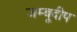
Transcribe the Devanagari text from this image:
जम्बूदीप